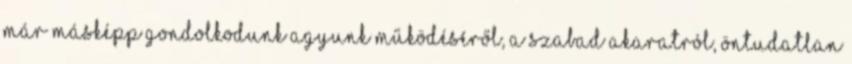
már másképp gondolkodunk agyunk működéséről, a szabad akaratról, öntudatlan